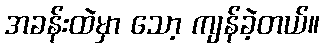
အခန်းထဲမှာ သော့ ကျန်ခဲ့တယ်။